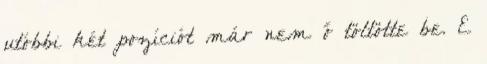
utóbbi két pozíciót már nem ő töltötte be. E